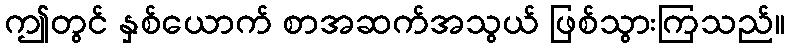
ဤတွင် နှစ်ယောက် စာအဆက်အသွယ် ဖြစ်သွားကြသည်။